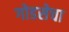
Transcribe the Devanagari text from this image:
गोडसेचा